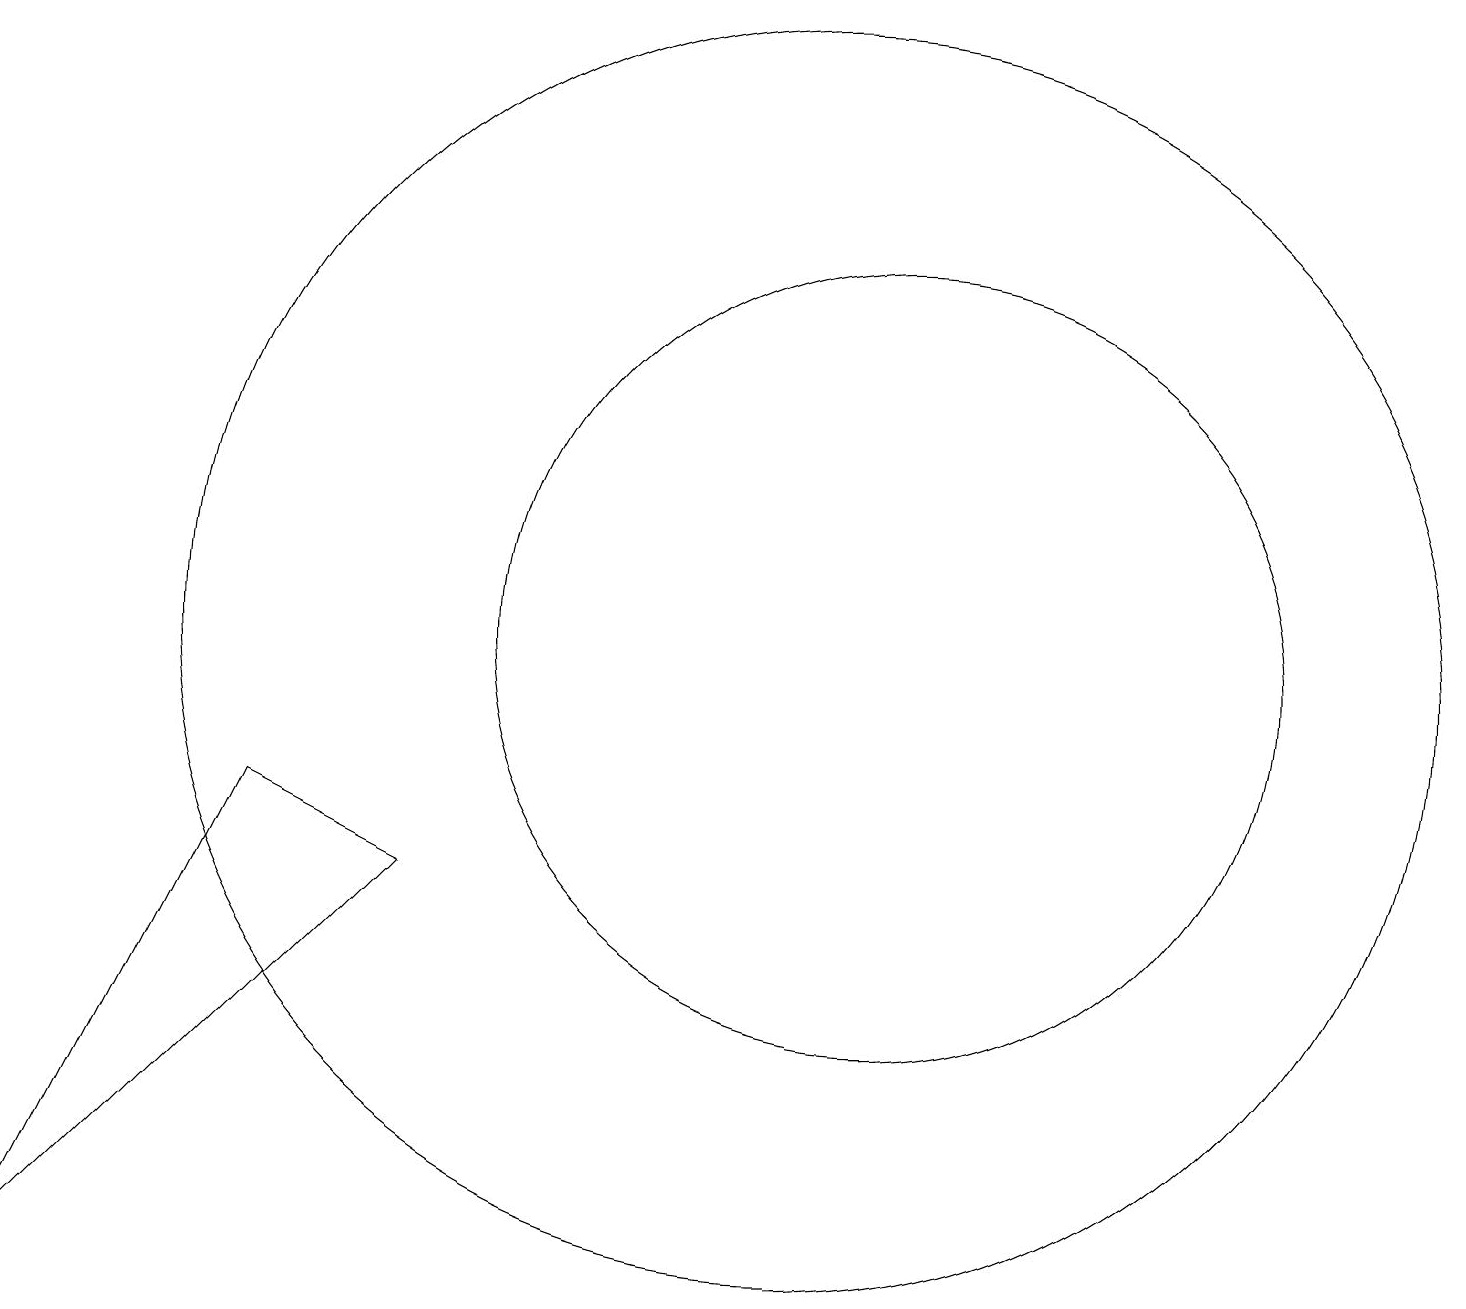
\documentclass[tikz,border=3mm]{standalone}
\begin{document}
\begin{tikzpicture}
\draw (11,10) circle (5);
\draw (10,10) circle (8);
\draw (3,8) -- (5,7) -- (0,2) -- cycle;
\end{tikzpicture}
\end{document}